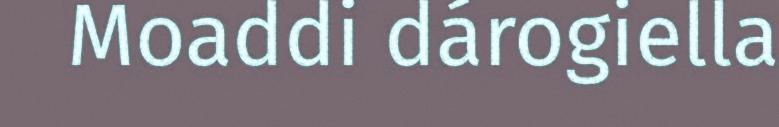
Moaddi dárogiella